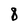
Character: 8